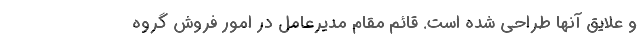
و علایق آنها طراحی شده است. قائم مقام مدیرعامل در امور فروش گروه